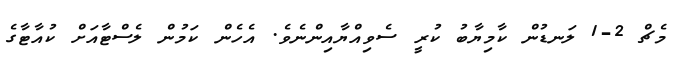
މެޗް 2-1 ލަނޑުން ކާމިޔާބު ކުރީ ސެވިއްޔާއިންނެވެ. އެހެން ކަމުން ލެސްޓާއަށް ކުއާޓާގެ